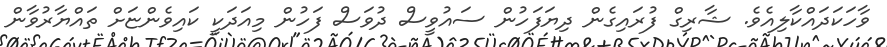
ވާހަކަދައްކާލިއެވެ. ޝާރިގް ފުރައިގެން ދިޔަފަހުން ސައުވީސް ދުވަސް ފަހުން މިއަދަކީ ކައިވެންޏަށް ތައްޔާރުވާން